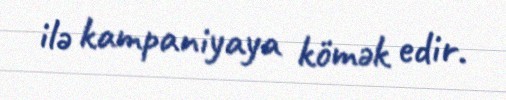
ilə kampaniyaya kömək edir.